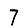
Digit: 7